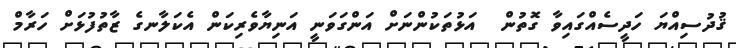
ޤުދުސިއްޔަ ހަދީސެއްގައިވާ ގޮތުން  އަޅުތަކުންނަށް އަންގަވަނީ އަނިޔާވެރިކަން އެކަލާނގެ ޒާތުފުޅަށް ހަރާމް